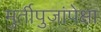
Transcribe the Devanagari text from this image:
मुर्तीपुजांपेक्षा